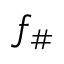
f _ { \# }